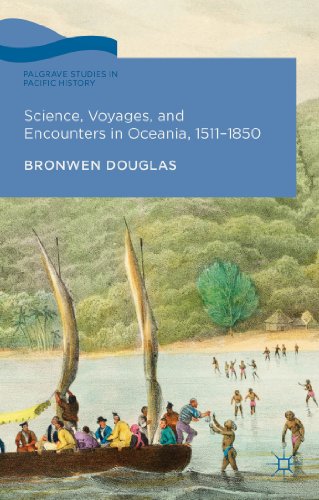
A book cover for Science, Voyages, and Encounters in Oceania, 1511-1850 (Palgrave Studies in Pacific History); Bronwen Douglas; History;